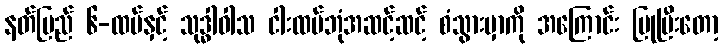
နတ်ပြည် ၆-ထပ်နှင့် သုဒ္ဓါဝါသ ငါးထပ်ဘုံအဆင့်ဆင့် စံသွားမှာကို အကြောင်း ပြုပြီးတော့